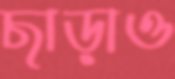
ছাড়াও